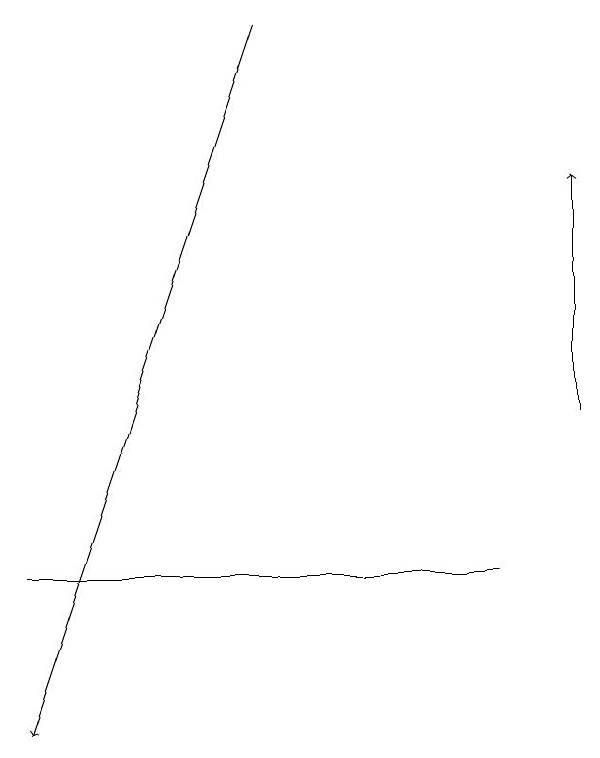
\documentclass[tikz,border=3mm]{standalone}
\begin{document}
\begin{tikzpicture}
\draw[->] (9,14) -- (9,17);
\draw[->] (5,19) -- (2,10);
\draw (8,12) rectangle (2,12);
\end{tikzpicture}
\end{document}